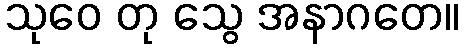
သုဝေ တု သွေ အနာဂတေ။